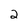
Character: 2